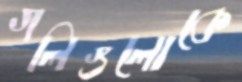
গলিগুলোকে